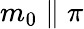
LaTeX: m_{0}\parallel\pi